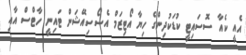
އެއީ ކެއާ ސޮސައިޓީ ކުޑަކުދިންގެ ހިޔާ އޯޓިޒަމް އެސޯސިއޭޝަން ޓައިނީ ހާޓްސް އާއި